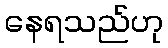
နေရသည်ဟု